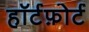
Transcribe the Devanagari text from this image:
हॉर्टफ़ोर्ट